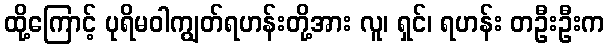
ထို့ကြောင့် ပုရိမဝါကျွတ်ရဟန်းတို့အား လူ၊ ရှင်၊ ရဟန်း တဦးဦးက